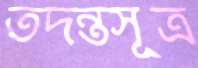
তদন্তসূত্র